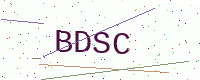
Text: BDSC